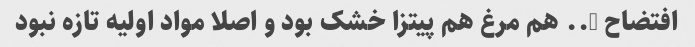
افتضاح ….. هم مرغ هم پیتزا خشک بود و اصلا مواد اولیه تازه نبود